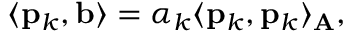
\langle \mathbf { p } _ { k } , \mathbf { b } \rangle = \alpha _ { k } \langle \mathbf { p } _ { k } , \mathbf { p } _ { k } \rangle _ { \mathbf { A } } ,